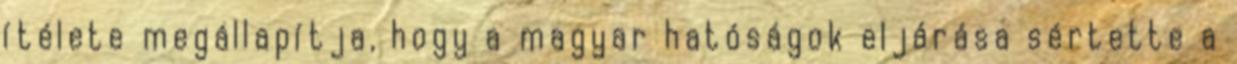
ítélete megállapítja, hogy a magyar hatóságok eljárása sértette a